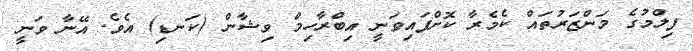
ފިލްމުގެ މަންޒަރުތައް ކެމެރާ ކޮށްފައިވަނީ އިބްރާހިމް ވިޝާން (ކަނޑި) އެވެ. އޭނާ ވަނީ